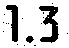
1.3